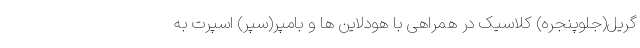
گریل(جلوپنجره) کلاسیک در همراهی با هودلاین ها و بامپر(سپر) اسپرت به